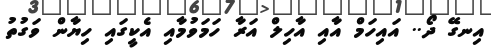
އިނގޭ ދޯ.. އައިހަމް އާއި އާހިލް އަރާ ހަމަވުމާއި އެކީގައި ހިޔާން ވަގުތު